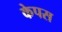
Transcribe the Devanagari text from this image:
केपस